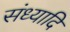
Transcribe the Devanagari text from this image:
संध्यादि